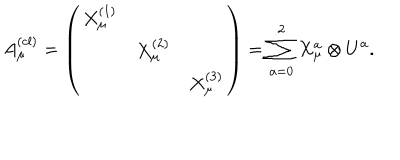
LaTeX: A _ { \mu } ^ { ( c l ) } = \left( \begin{array} { c c c } { { X _ { \mu } ^ { ( 1 ) } } } & { { } } & { { } } \\ { { } } & { { X _ { \mu } ^ { ( 2 ) } } } & { { } } \\ { { } } & { { } } & { { X _ { \mu } ^ { ( 3 ) } } } \\ \end{array} \right) = \sum _ { a = 0 } ^ { 2 } X _ { \mu } ^ { a } \otimes U ^ { a } .